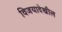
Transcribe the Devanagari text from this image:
विजयादेखील